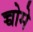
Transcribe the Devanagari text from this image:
च्चोमे